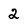
Character: 2